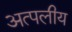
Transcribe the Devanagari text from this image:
अत्पलीय